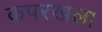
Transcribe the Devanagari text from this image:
कपरखला